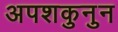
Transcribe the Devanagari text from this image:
अपशकुनुन